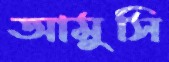
আমুসি